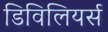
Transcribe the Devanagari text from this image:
डिविलियर्स